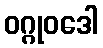
ဝဂ္ဂုဝဒေါ